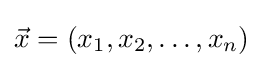
{\vec {x}}=\left({x_{1},x_{2},\dots ,x_{n}}\right)